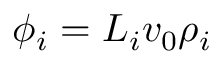
{ \phi _ { i } = L _ { i } v _ { 0 } \rho _ { i } }